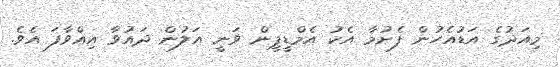
މިއަދުގެ އަޑުއެހުން ފެށުމާ އެކު އެމްޑީޕީން ވަނީ އަލުން ދައުވާ އިއްވާފަ އެވެ.